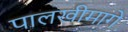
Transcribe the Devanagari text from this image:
पालखीमागे